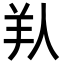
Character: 𦍏